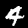
Digit: 4